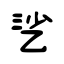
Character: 乷